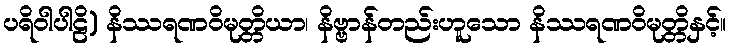
ပရိဝါပါဠိ) နိဿရဏဝိမုတ္တိယာ၊ နိဗ္ဗာန်တည်းဟူသော နိဿရဏဝိမုတ္တိနှင့်။